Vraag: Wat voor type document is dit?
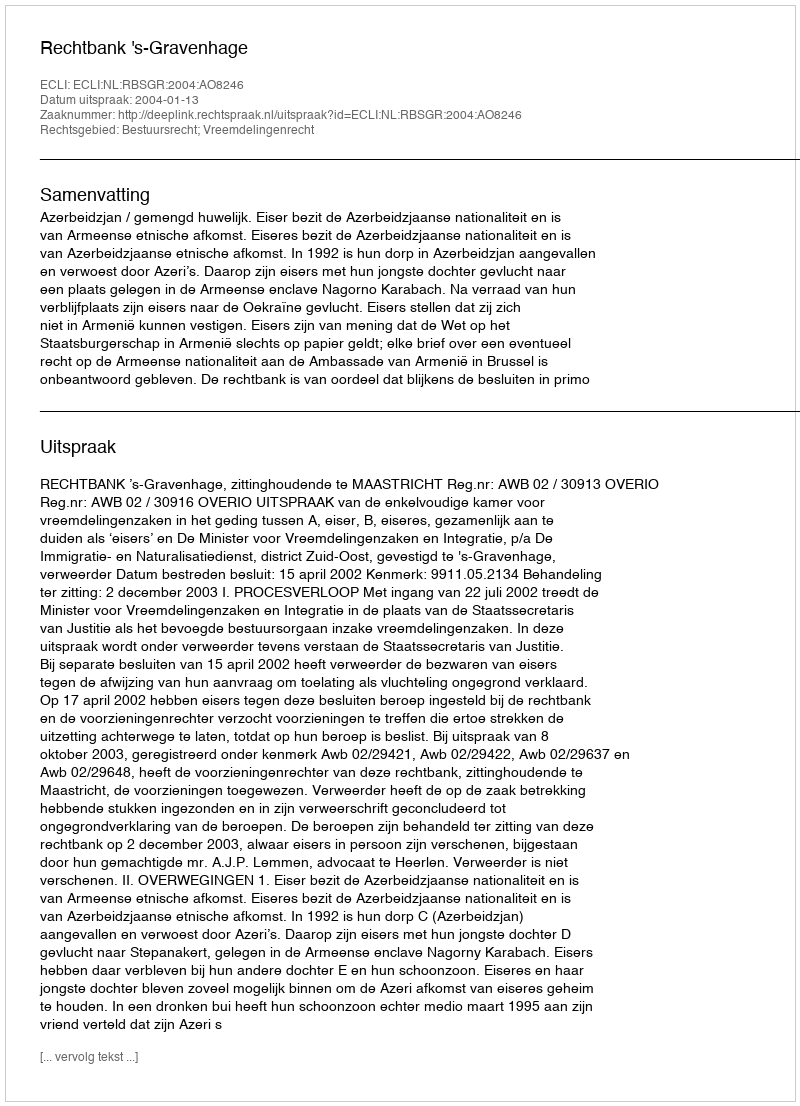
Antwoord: Uitspraak